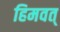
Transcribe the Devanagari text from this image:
हिमवत्‌